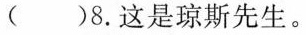
( )8.这是琼斯先生.